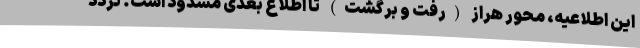
این اطلاعیه، محور هراز (رفت و برگشت) تا اطلاع بعدی مسدود است. تردد